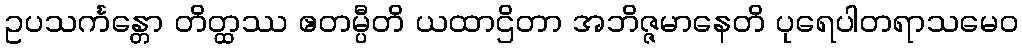
ဥပသင်္ကန္တော တိတ္ထဿ ဧတမ္ပီတိ ယထာဌိတာ အဘိဇ္ဇမာနေတိ ပုရေပါတရာသမေဝ